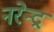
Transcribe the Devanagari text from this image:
नरेेन्द्र